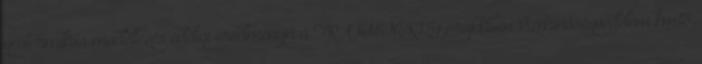
geotermikus modellezés eddigi eredményei a TRANSENERGY projektben Vízminőségvédelem km18